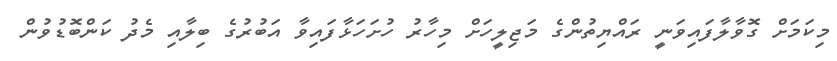
މިކަމަށް ގޮވާލާފައިވަނީ ރައްޔިތުންގެ މަޖިލީހަށް މިހާރު ހުށަހަޅާފައިވާ އަބުރުގެ ބިލާއި މެދު ކަންބޮޑުވުން